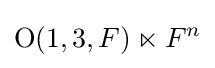
\operatorname {O} (1,3,F)\ltimes F^{n}